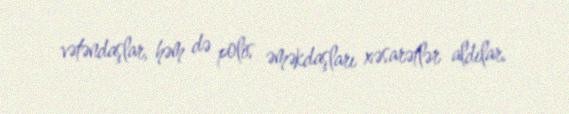
vətəndaşlar, həm də polis əməkdaşları xəsarətlər aldılar.